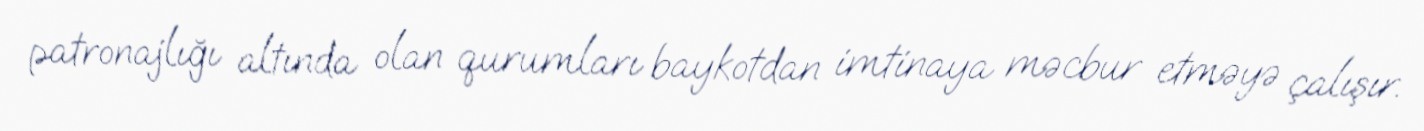
patronajlığı altında olan qurumları baykotdan imtinaya məcbur etməyə çalışır.